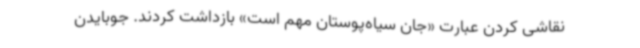
نقاشی کردن عبارت «جان سیاه‌پوستان مهم است» بازداشت کردند. جوبایدن